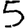
Digit: 5